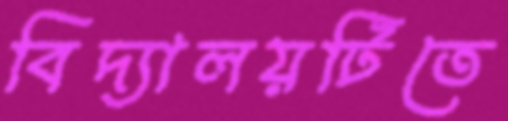
বিদ্যালয়টিতে